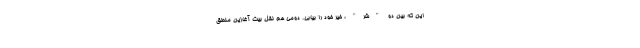
این که بین دو "شر"، خیر خود را بیابی. دومی هم نقل بیت آغازین منطق